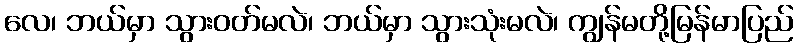
လေ၊ ဘယ်မှာ သွားဝတ်မလဲ၊ ဘယ်မှာ သွားသုံးမလဲ၊ ကျွန်မတို့မြန်မာပြည်